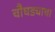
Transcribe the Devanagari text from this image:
चौघड्याचा